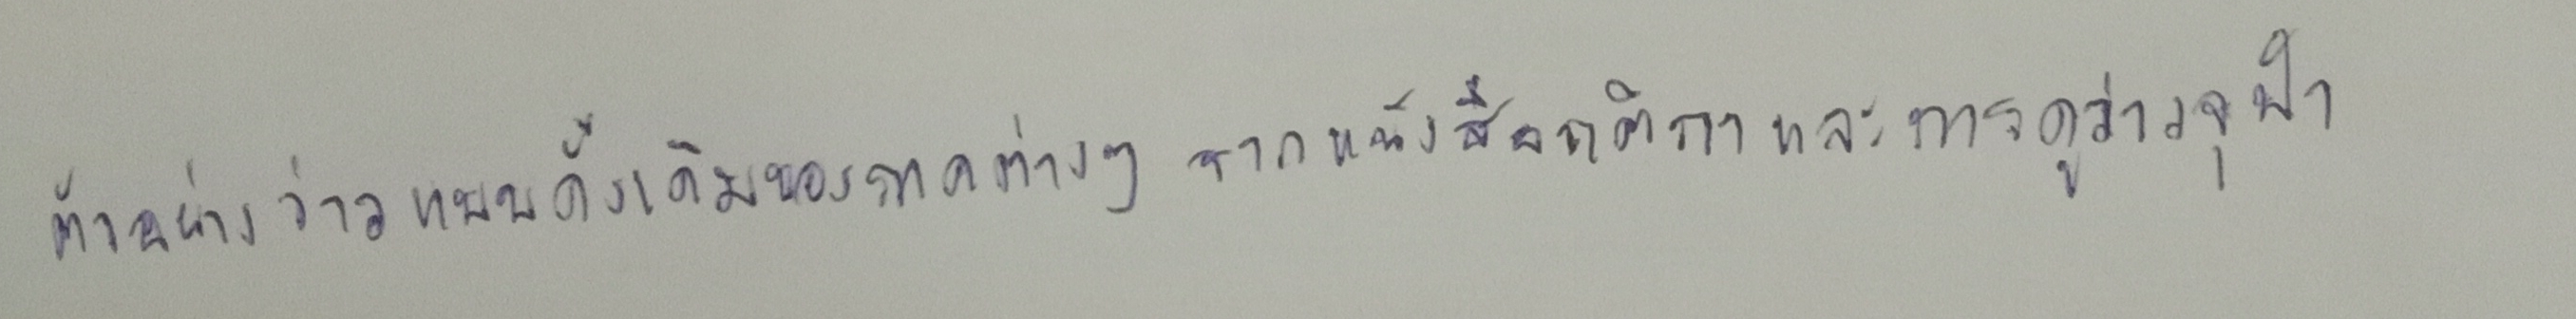
ตัวอย่างว่าวแบบดั้งเดิมของภาคต่างๆจากหนังสือกติกาและการดูว่าวจุฬา